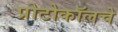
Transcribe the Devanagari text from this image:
प्रोटोकॉलचे